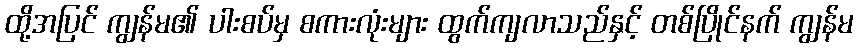
ထို့အပြင် ကျွန်မ၏ ပါးစပ်မှ စကားလုံးများ ထွက်ကျလာသည်နှင့် တစ်ပြိုင်နက် ကျွန်မ